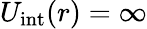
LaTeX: U_{\mathrm{int}}(r)=\infty